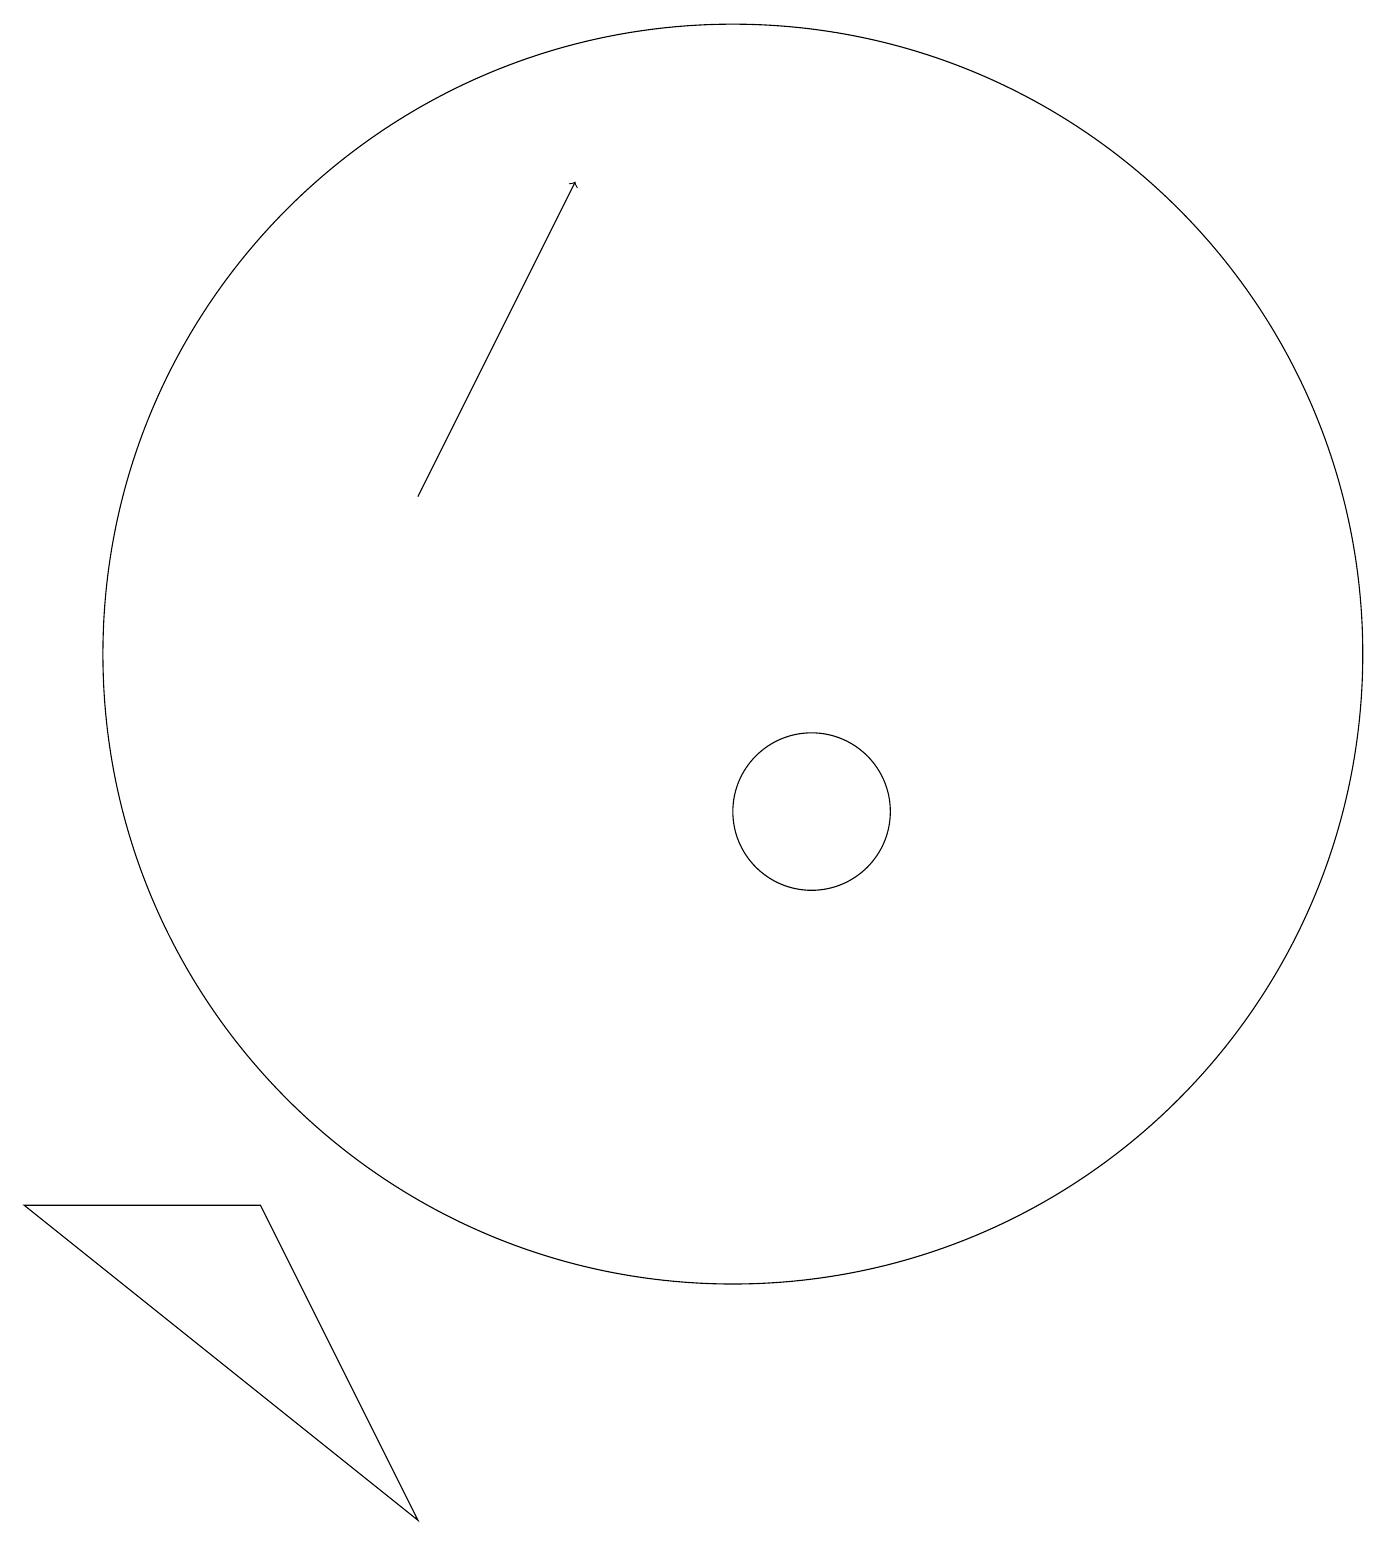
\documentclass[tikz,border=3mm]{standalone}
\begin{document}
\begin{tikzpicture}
\draw (12,10) circle (1);
\draw (11,12) circle (8);
\draw[->] (7,14) -- (9,18);
\draw (7,1) -- (2,5) -- (5,5) -- cycle;
\draw (12,11) circle (0);
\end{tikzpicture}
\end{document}